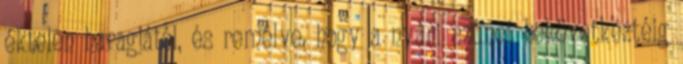
éktelen haragjától, és remélve, hogy a nyári szünet bekövetkeztéig